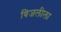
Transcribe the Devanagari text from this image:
विजलीला